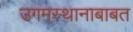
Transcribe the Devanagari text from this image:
उगमस्थानाबाबत